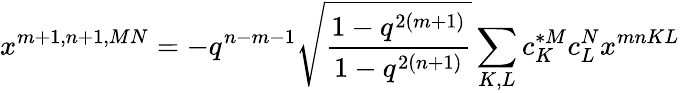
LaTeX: x^{m+1,n+1,MN}=-q^{n-m-1}\sqrt{\frac{1-q^{2(m+1)}}{1-q^{2(n+1)}}}\sum_{K,L}c_{K}^{*M}c_{L}^{N}x^{mnKL}